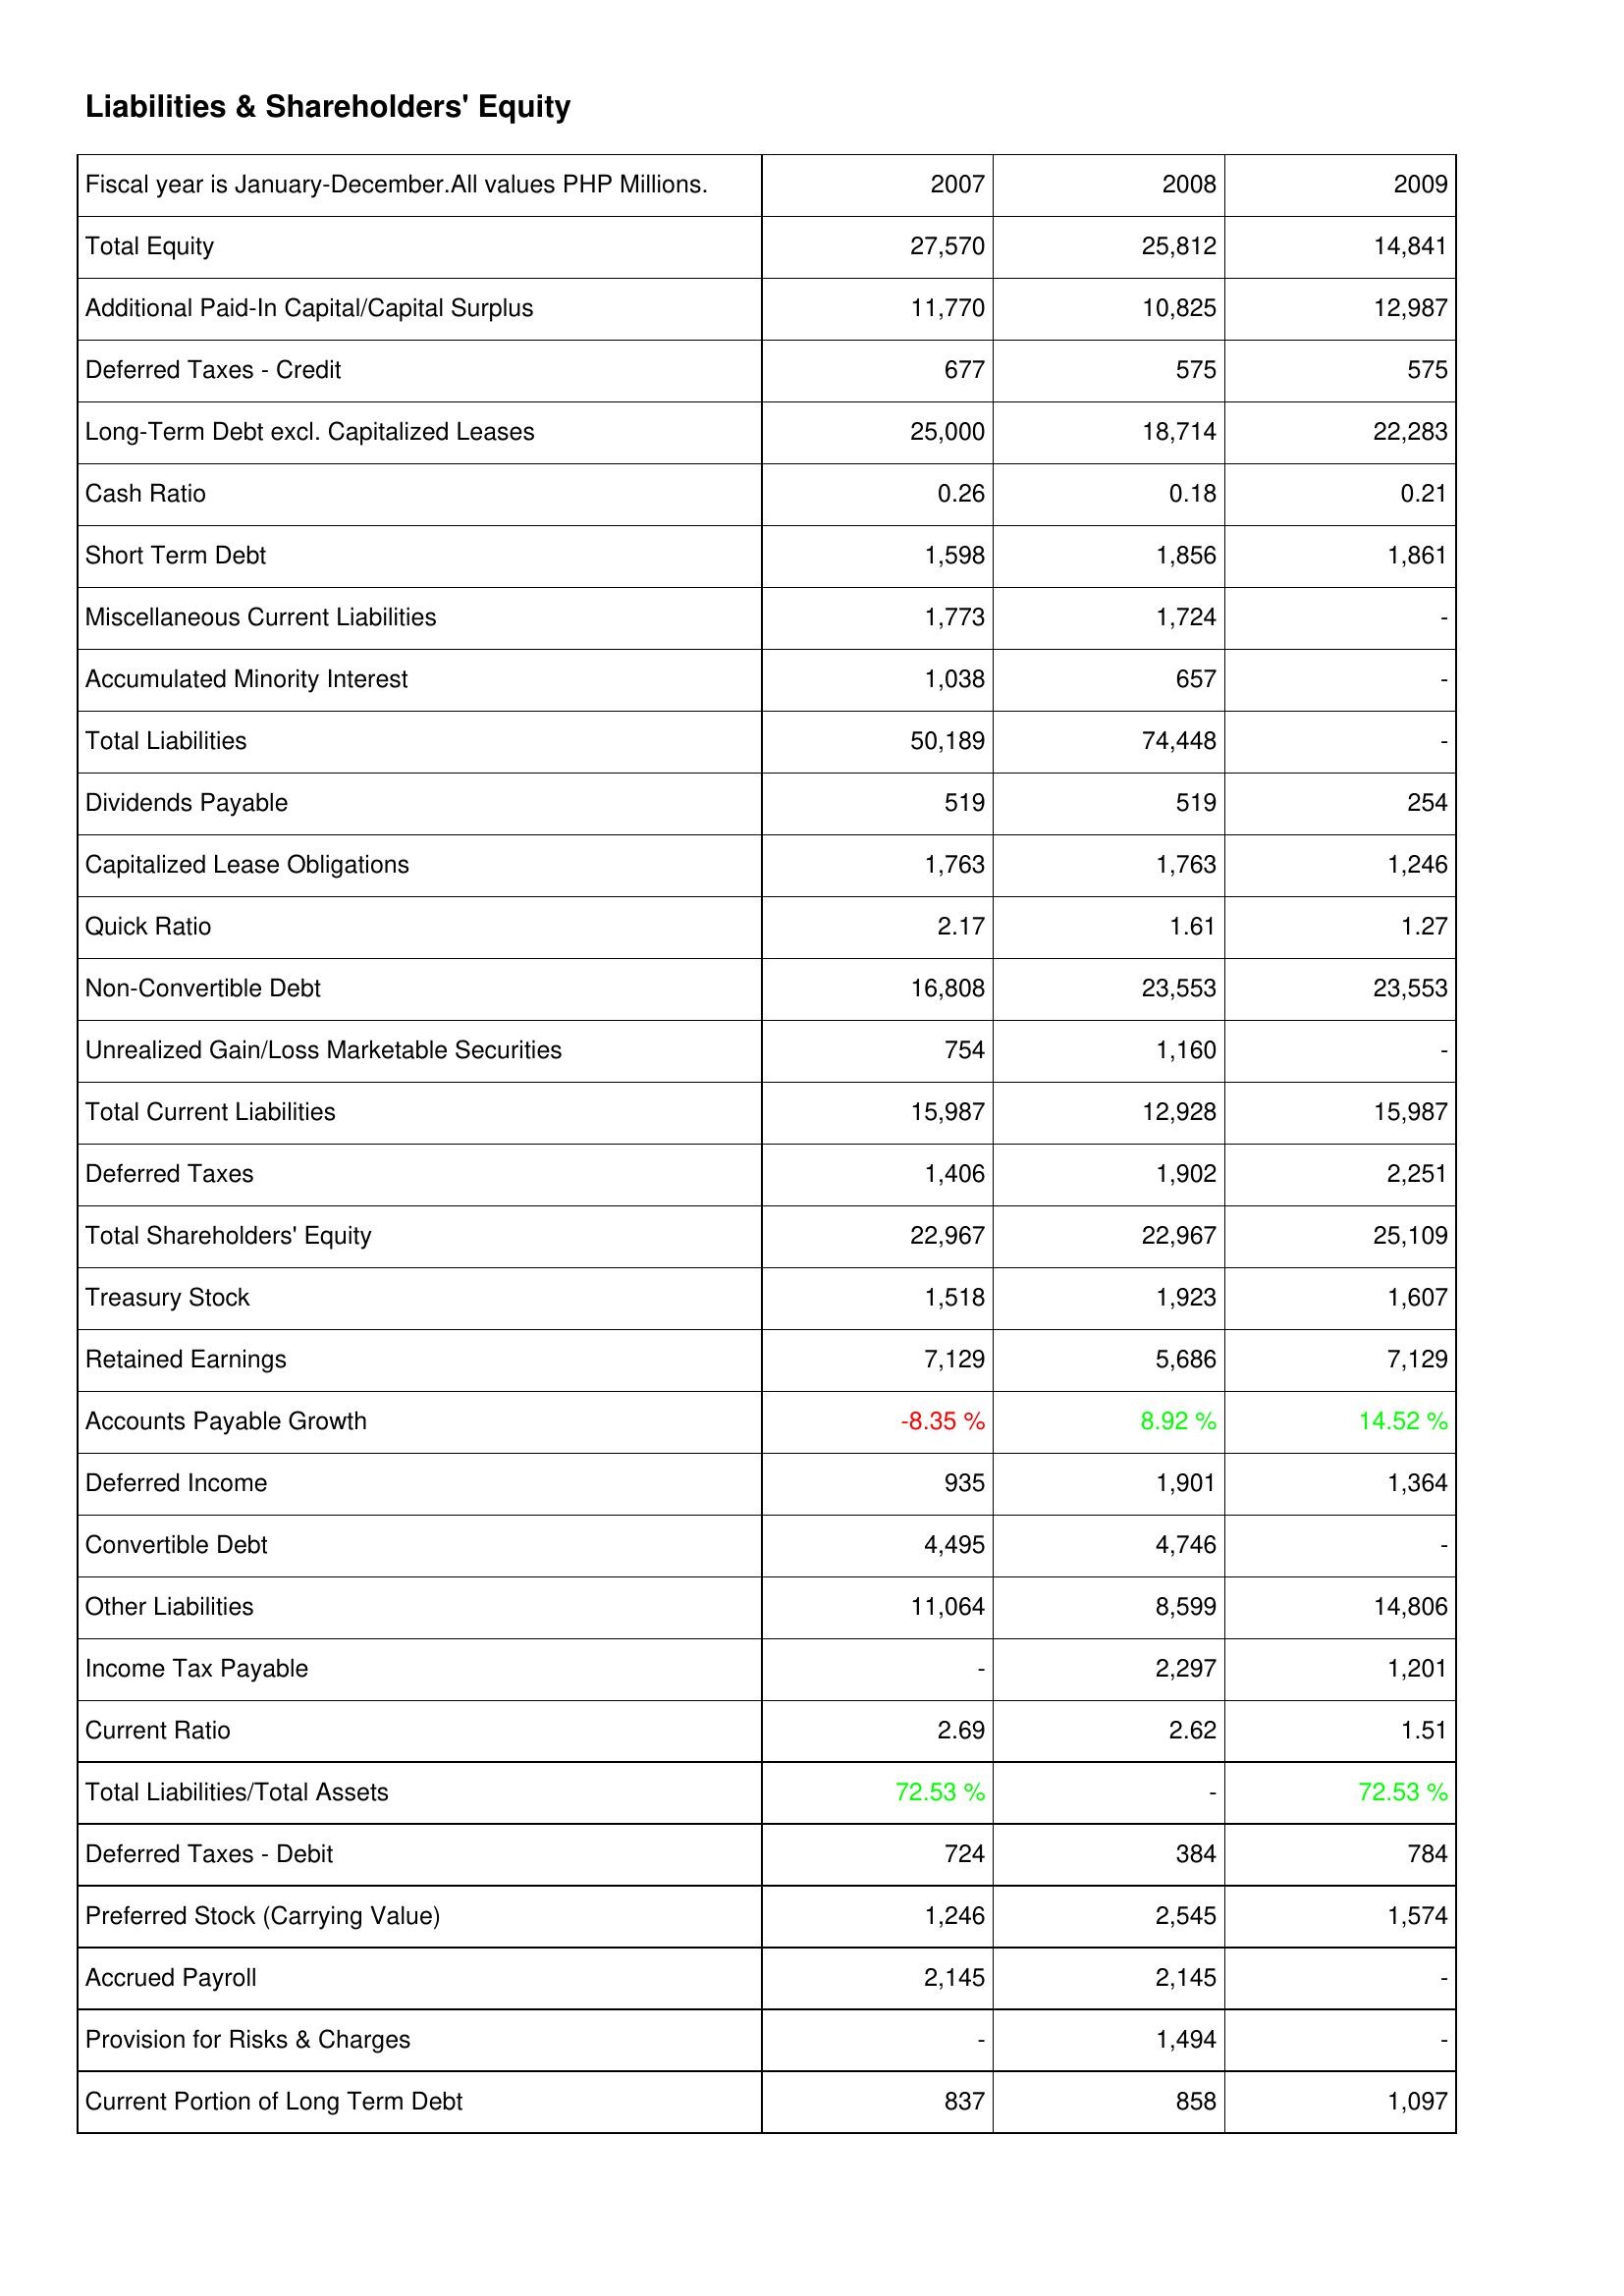
2007: Liabilities & Shareholders' Equity: Total Equity: 27,570
Additional Paid-In Capital/Capital Surplus: 11,770
Deferred Taxes - Credit: 677
Long-Term Debt excl. Capitalized Leases: 25,000
Cash Ratio: 0.26
Short Term Debt: 1,598
Miscellaneous Current Liabilities: 1,773
Accumulated Minority Interest: 1,038
Total Liabilities: 50,189
Dividends Payable: 519
Capitalized Lease Obligations: 1,763
Quick Ratio: 2.17
Non-Convertible Debt: 16,808
Unrealized Gain/Loss Marketable Securities: 754
Total Current Liabilities: 15,987
Deferred Taxes: 1,406
Total Shareholders' Equity: 22,967
Treasury Stock: 1,518
Retained Earnings: 7,129
Accounts Payable Growth: -8.35 %
Deferred Income: 935
Convertible Debt: 4,495
Other Liabilities: 11,064
Income Tax Payable: -
Current Ratio: 2.69
Total Liabilities/Total Assets: 72.53 %
Deferred Taxes - Debit: 724
Preferred Stock (Carrying Value): 1,246
Accrued Payroll: 2,145
Provision for Risks & Charges: -
Current Portion of Long Term Debt: 837
2008: Liabilities & Shareholders' Equity: Total Equity: 25,812
Additional Paid-In Capital/Capital Surplus: 10,825
Deferred Taxes - Credit: 575
Long-Term Debt excl. Capitalized Leases: 18,714
Cash Ratio: 0.18
Short Term Debt: 1,856
Miscellaneous Current Liabilities: 1,724
Accumulated Minority Interest: 657
Total Liabilities: 74,448
Dividends Payable: 519
Capitalized Lease Obligations: 1,763
Quick Ratio: 1.61
Non-Convertible Debt: 23,553
Unrealized Gain/Loss Marketable Securities: 1,160
Total Current Liabilities: 12,928
Deferred Taxes: 1,902
Total Shareholders' Equity: 22,967
Treasury Stock: 1,923
Retained Earnings: 5,686
Accounts Payable Growth: 8.92 %
Deferred Income: 1,901
Convertible Debt: 4,746
Other Liabilities: 8,599
Income Tax Payable: 2,297
Current Ratio: 2.62
Total Liabilities/Total Assets: -
Deferred Taxes - Debit: 384
Preferred Stock (Carrying Value): 2,545
Accrued Payroll: 2,145
Provision for Risks & Charges: 1,494
Current Portion of Long Term Debt: 858
2009: Liabilities & Shareholders' Equity: Total Equity: 14,841
Additional Paid-In Capital/Capital Surplus: 12,987
Deferred Taxes - Credit: 575
Long-Term Debt excl. Capitalized Leases: 22,283
Cash Ratio: 0.21
Short Term Debt: 1,861
Miscellaneous Current Liabilities: -
Accumulated Minority Interest: -
Total Liabilities: -
Dividends Payable: 254
Capitalized Lease Obligations: 1,246
Quick Ratio: 1.27
Non-Convertible Debt: 23,553
Unrealized Gain/Loss Marketable Securities: -
Total Current Liabilities: 15,987
Deferred Taxes: 2,251
Total Shareholders' Equity: 25,109
Treasury Stock: 1,607
Retained Earnings: 7,129
Accounts Payable Growth: 14.52 %
Deferred Income: 1,364
Convertible Debt: -
Other Liabilities: 14,806
Income Tax Payable: 1,201
Current Ratio: 1.51
Total Liabilities/Total Assets: 72.53 %
Deferred Taxes - Debit: 784
Preferred Stock (Carrying Value): 1,574
Accrued Payroll: -
Provision for Risks & Charges: -
Current Portion of Long Term Debt: 1,097